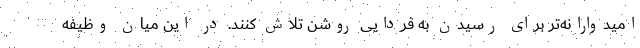
امیدوارانه‌تر برای رسیدن به فردایی روشن تلاش کنند. در این میان وظیفه